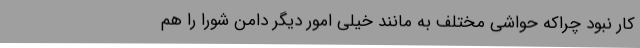
کار نبود چراکه حواشی مختلف به مانند خیلی امور دیگر دامن شورا را هم